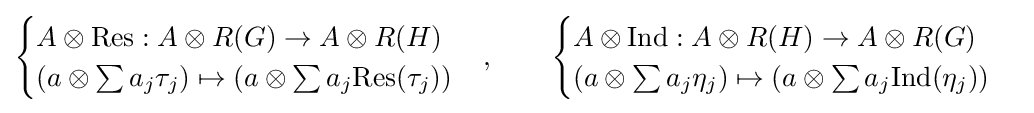
{\begin{cases}A\otimes {\text{Res}}:A\otimes R(G)\to A\otimes R(H)\\\left(a\otimes \sum a_{j}\tau _{j}\right)\mapsto \left(a\otimes \sum a_{j}{\text{Res}}(\tau _{j})\right)\end{cases}},\qquad {\begin{cases}A\otimes {\text{Ind}}:A\otimes R(H)\to A\otimes R(G)\\\left(a\otimes \sum a_{j}\eta _{j}\right)\mapsto \left(a\otimes \sum a_{j}{\text{Ind}}(\eta _{j})\right)\end{cases}}